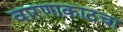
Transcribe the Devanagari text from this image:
वारणाकाठचा